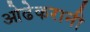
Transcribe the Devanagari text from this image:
ओढेकरानी